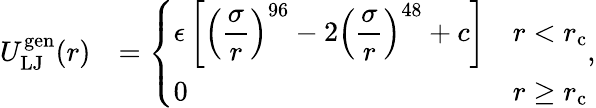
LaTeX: \begin{array}{rl}{U_{\mathrm{LJ}}^{\mathrm{gen}}(r)}&{=\left\{ \begin{array}{ll}{\displaystyle\epsilon\left[\left(\frac{\sigma}{r}\right)^{96}-2\left(\frac{\sigma}{r}\right)^{48}+c\right]}&{r<r_{\mathrm{c}}}\\ {0}&{r\ge r_{\mathrm{c}}}\end{array}\right.,}\end{array}